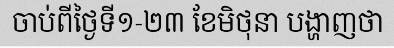
ចាប់ពីថ្ងៃទី១-២៣ ខែមិថុនា បង្ហាញថា